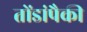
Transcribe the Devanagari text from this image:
तोंडांपैकी